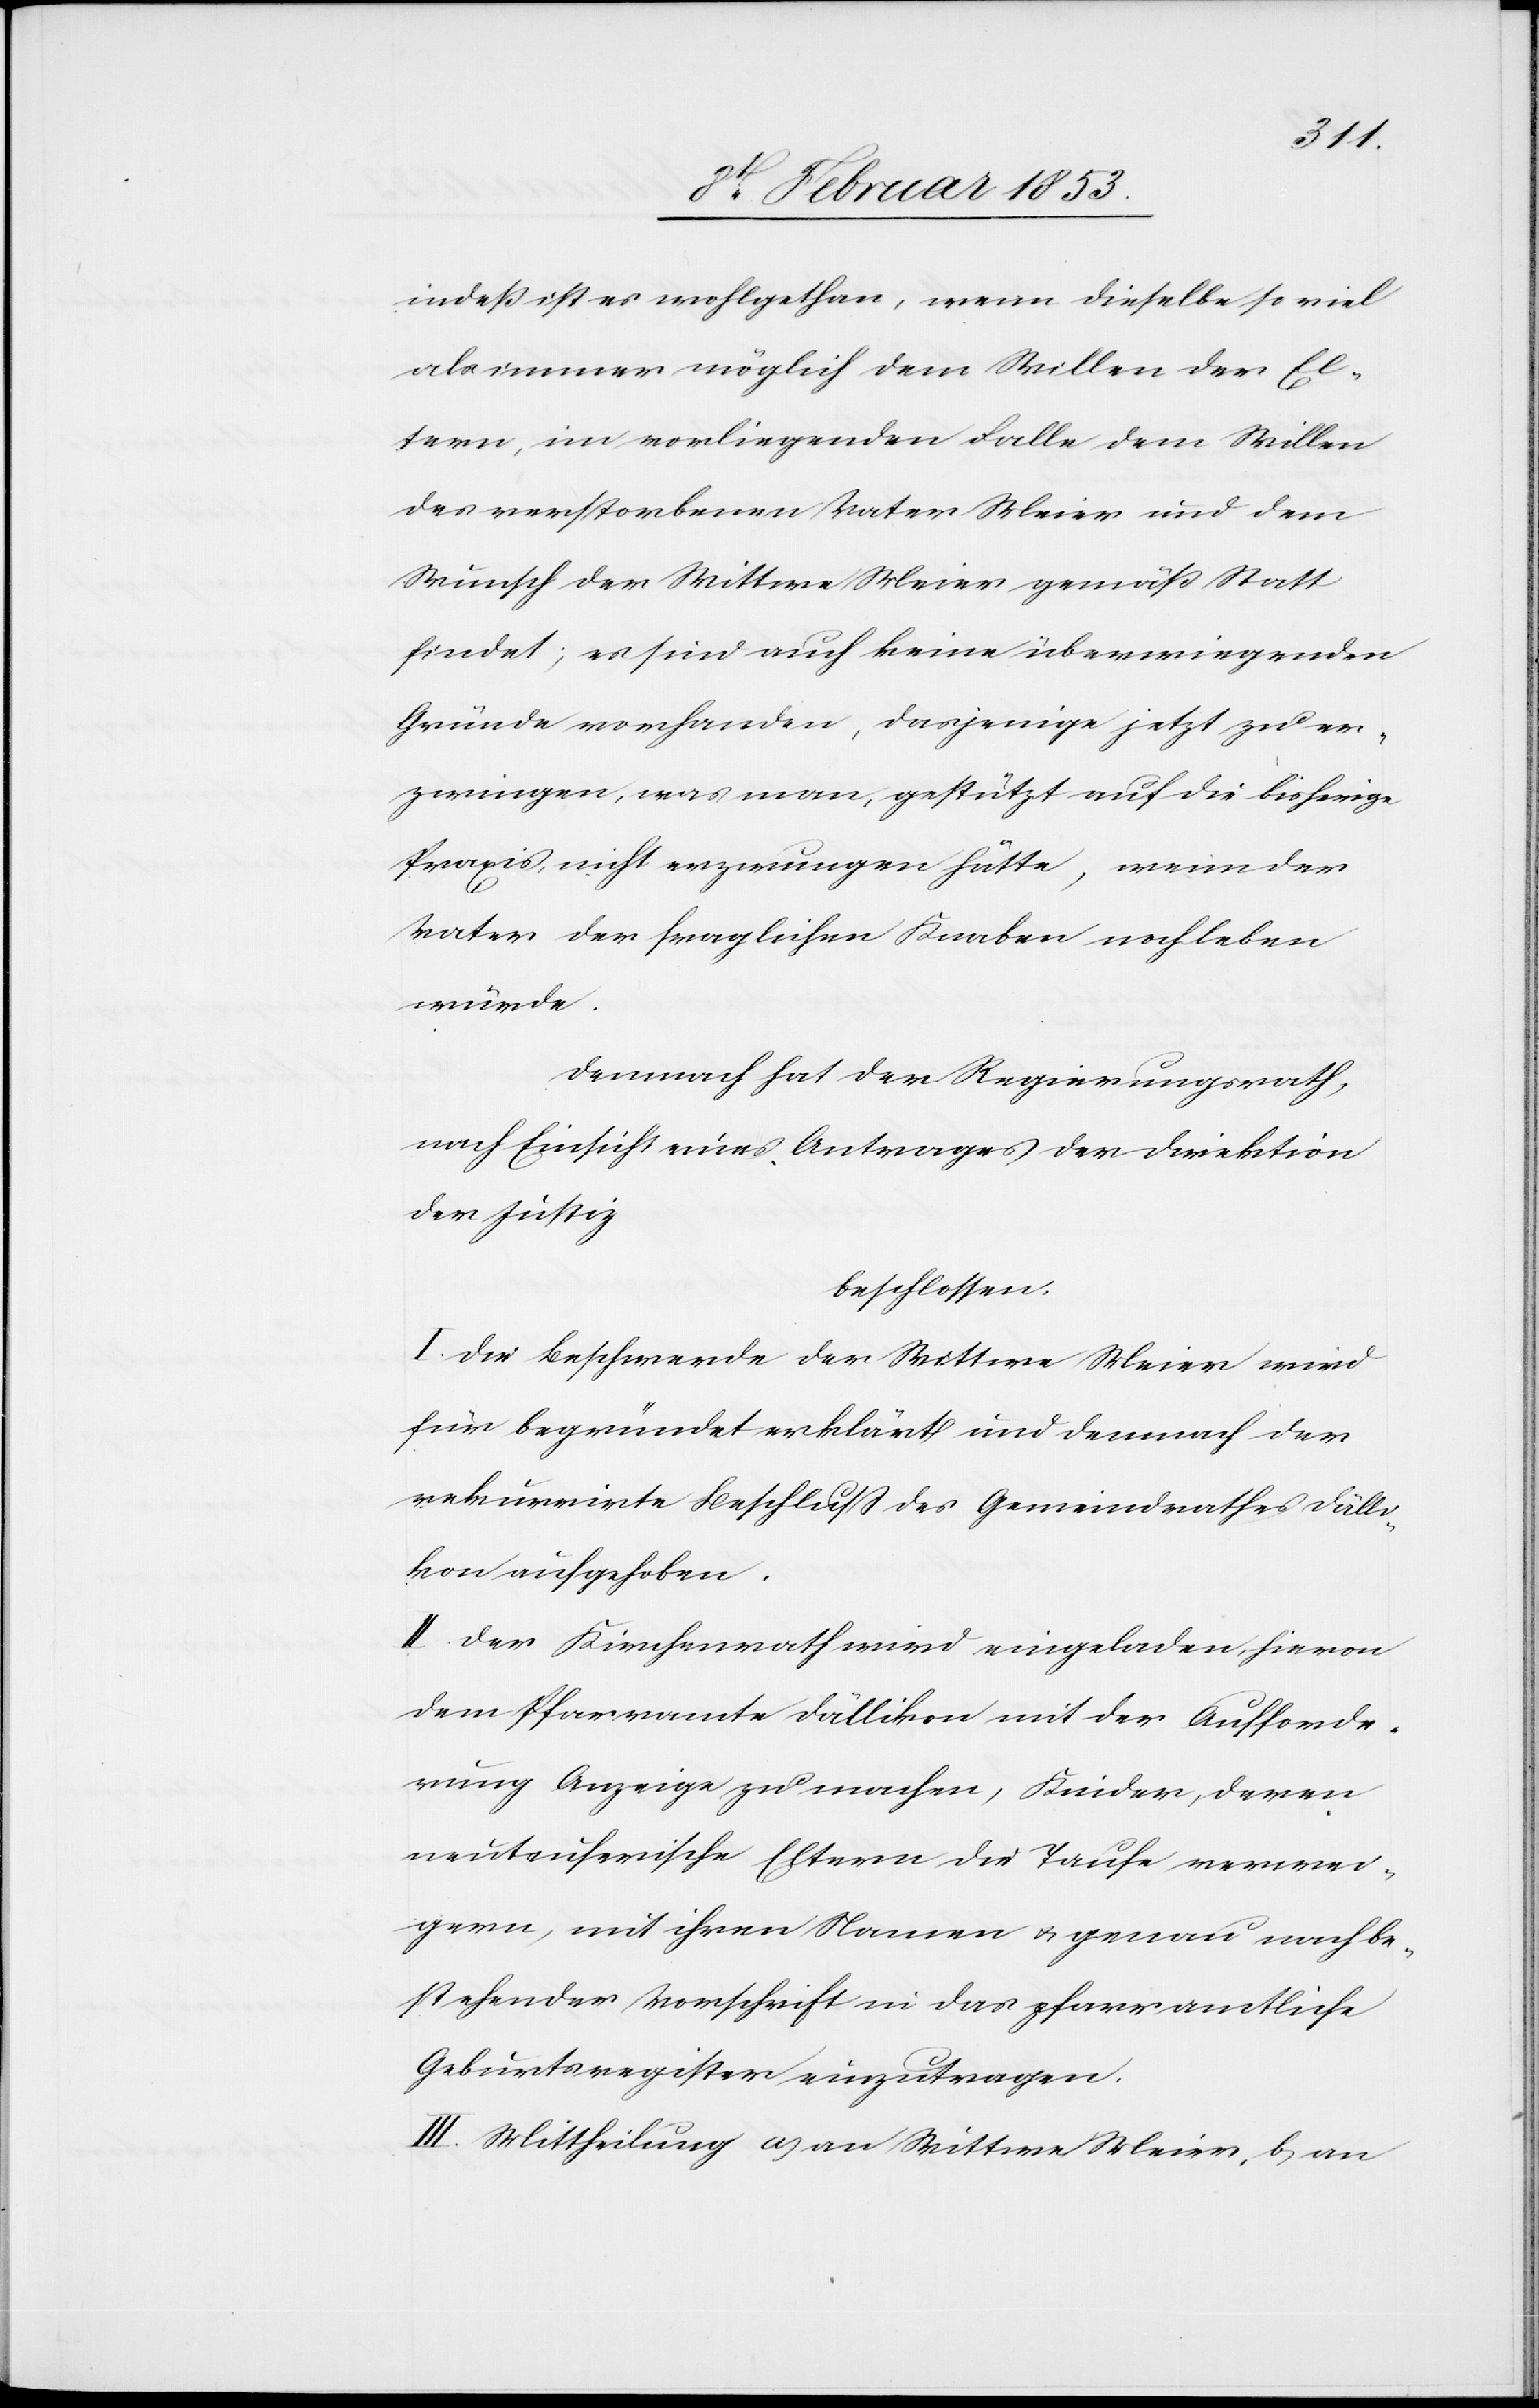
indeß ist es wohlgethan, wenn dieselbe so viel
als immer möglich dem Willen der El¬
tern, im vorliegenden Falle dem Willen
des verstorbenen Vater Meier und dem
Wunsch der Wittwe Meier gemäß Statt
findet; es sind auch keine überwiegenden
Gründe vorhanden, dasjenige jetzt zu er¬
zwingen, was man, gestützt auf die bisherige
Praxis, nicht erzwungen hätte, wenn der
Vater der fraglichen Knaben noch leben
würde.
Demnach hat der Regierungsrath,
nach Einsicht eines Antrages der Direktion
der Justiz
beschlossen:
I. Die Beschwerde der Wittwe Meier wird
für begründet erklärt und demnach der
rekurrirte Beschluß des Gemeindrathes Dälli¬
kon aufgehoben.
II. Der Kirchenrath wird eingeladen, hievon
dem Pfarramte Dällikon mit der Aufforde¬
rung Anzeige zu machen, Kinder ,deren
neuteuferische Eltern die Taufe verwei¬
gern, mit ihren Namen u. genau nach be¬
stehender Vorschrift in das pfarramtliche
Geburtsregister einzutragen.
III. Mittheilung a, an Wittwe Meier, b, an